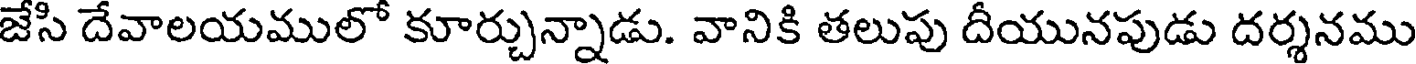
జేసి దేవాలయములో కూర్చున్నాడు. వానికి తలుపు దీయునపుడు దర్శనము